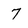
Character: 7